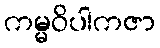
ကမ္မဝိပါကဇာ